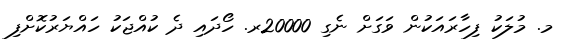
މ. މުލަކު ފިހާރައަކުން ވަގަށް ނެގި 20000ރ. ހޯދައި ދެ ކުއްޖަކު ހައްޔަރުކޮށްފި